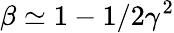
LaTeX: \beta\simeq 1-1/2\gamma^{2}